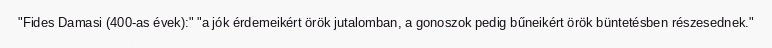
"Fides Damasi (400-as évek):" "a jók érdemeikért örök jutalomban, a gonoszok pedig bűneikért örök büntetésben részesednek."